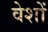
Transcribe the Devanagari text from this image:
वेशों